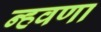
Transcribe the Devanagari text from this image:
न्हवणा